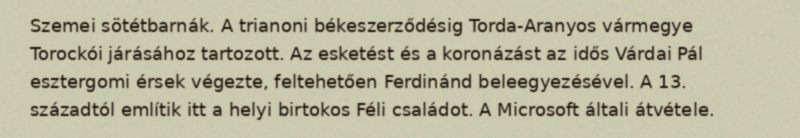
Szemei sötétbarnák. A trianoni békeszerződésig Torda-Aranyos vármegye Torockói járásához tartozott. Az esketést és a koronázást az idős Várdai Pál esztergomi érsek végezte, feltehetően Ferdinánd beleegyezésével. A 13. századtól említik itt a helyi birtokos Féli családot. A Microsoft általi átvétele.